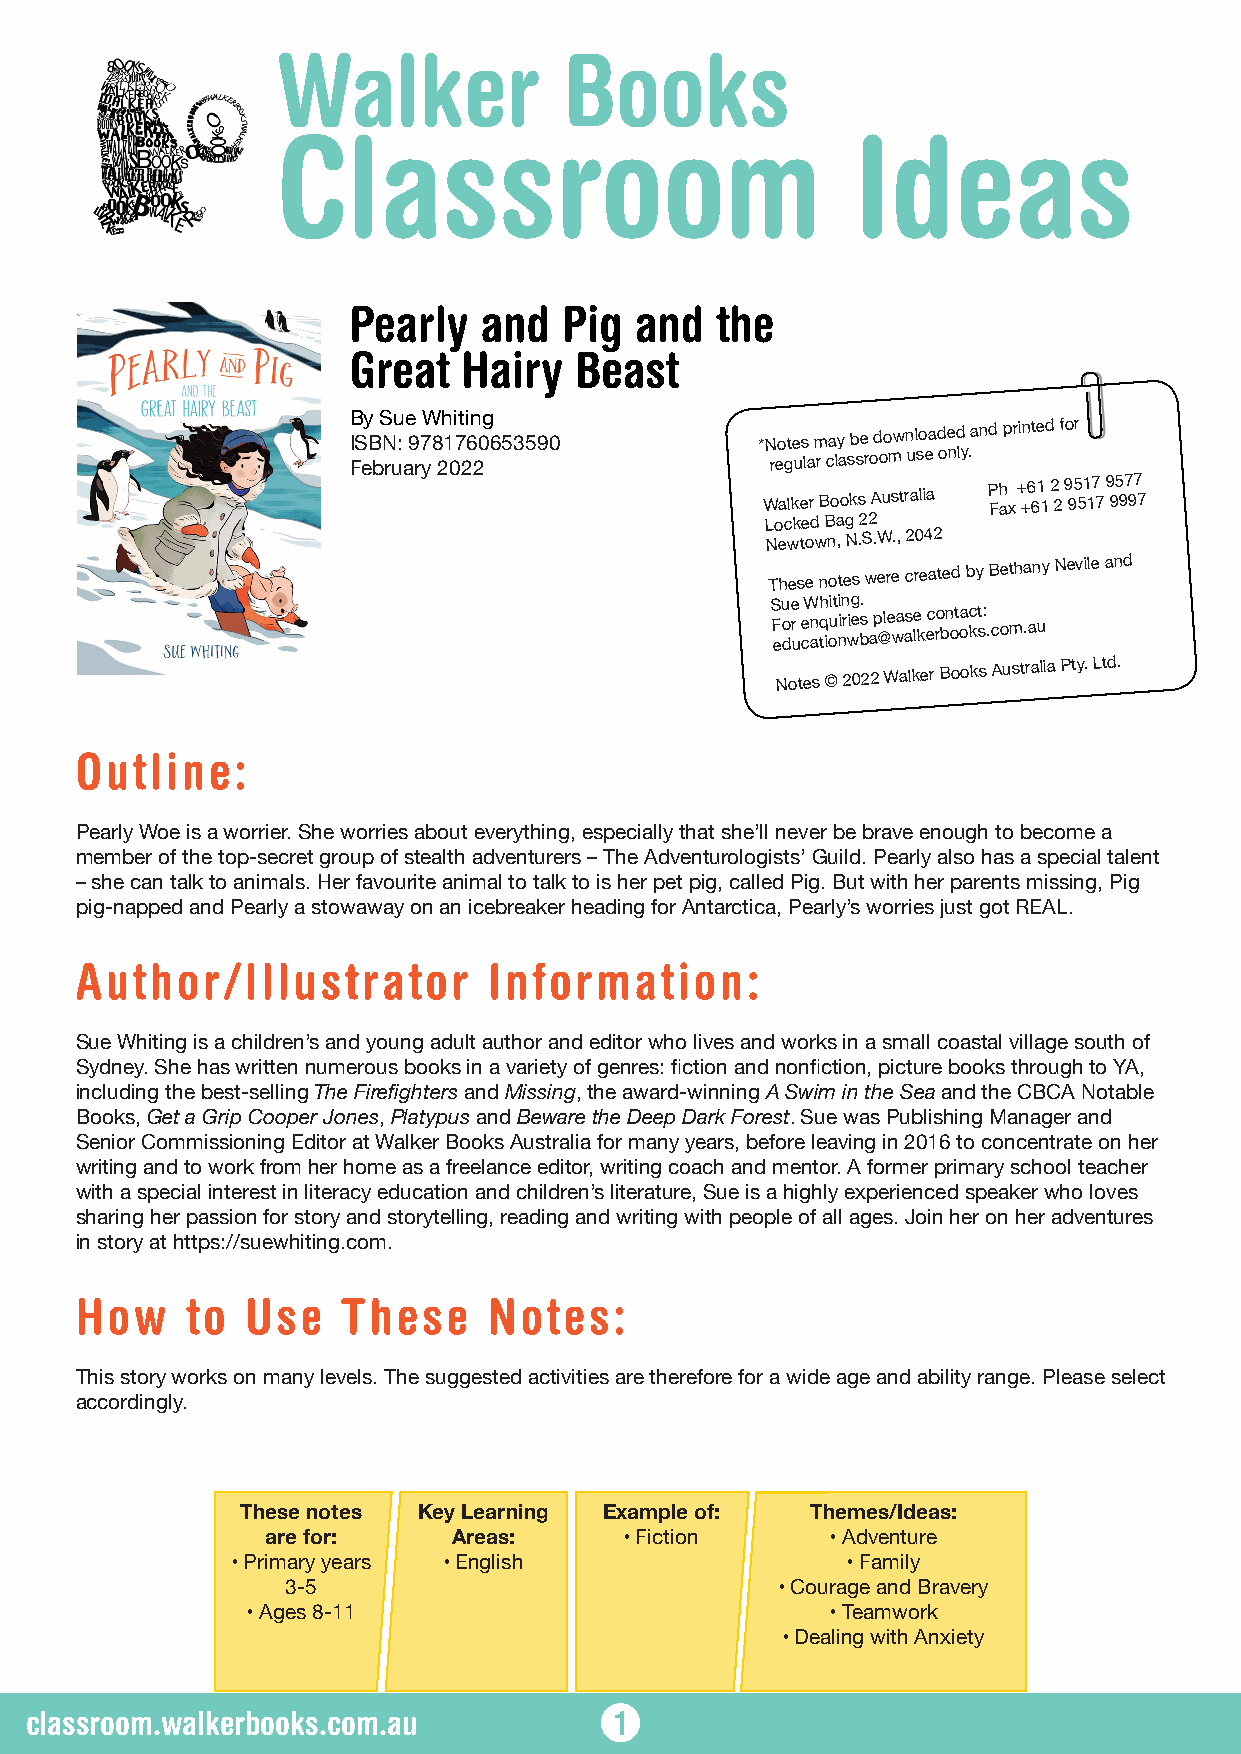
Walker             Books
 Classroom                              Ideas
 Pearly   and  Pig  and  the
 Great   Hairy  Beast
 B I FS ey B
 b
 S N ruu : ae 9
 r
 7 yW 8 2h 1 0i 7t 2i 6n 20g 653590 * N reo gte us
 la
 m
 r
 ca ly
 a
 sb se
 r
 od oo mw n ul so ea d oe nd ly .and printed for
 W Loa clk ke er
 d
 B Bo ao gk s
 2
 2A ustra lia P Fh ax + +6 61 1 2 2 9 95 51 17 7 9 95 97 97 7
 Newtown, N.S.W., 2042
 These notes were created by Bethany Nevile and
 S F eu o de r
 u
 e cW n atqh ioi uti nin r wig e b. s ap @le wa ase lk ec ro bn ot oac kt s: . com.au
 Notes © 2022 Walker Books Australia Pty. Ltd.
 Outline:
 Pearly Woe is a worrier. She worries about everything, especially that she’ll never be brave enough to become a
 member of the top-secret group of stealth adventurers – The Adventurologists’ Guild. Pearly also has a special talent
 – she can talk to animals. Her favourite animal to talk to is her pet pig, called Pig. But with her parents missing, Pig
 pig-napped and Pearly a stowaway on an icebreaker heading for Antarctica, Pearly’s worries just got REAL.
 Author/Illustrator         Information:
 Sue Whiting is a children’s and young adult author and editor who lives and works in a small coastal village south of
 Sydney. She has written numerous books in a variety of genres: fiction and nonfiction, picture books through to YA,
 including the best-selling The Firefighters and Missing, the award-winning A Swim in the Sea and the CBCA Notable
 Books, Get a Grip Cooper Jones, Platypus and Beware the Deep Dark Forest. Sue was Publishing Manager and
 Senior Commissioning Editor at Walker Books Australia for many years, before leaving in 2016 to concentrate on her
 writing and to work from her home as a freelance editor, writing coach and mentor. A former primary school teacher
 with a special interest in literacy education and children’s literature, Sue is a highly experienced speaker who loves
 sharing her passion for story and storytelling, reading and writing with people of all ages. Join her on her adventures
 in story at https://suewhiting.com.
 How    to  Use    These    Notes:
 This story works on many levels. The suggested activities are therefore for a wide age and ability range. Please select
 accordingly.
 These notes Key Learning Example of:  Themes/Ideas:
 are for:    Areas:     • Fiction     • Adventure
 • Primary years • English                • Family
 3-5                             • Courage and Bravery
 • Ages 8-11                            • Teamwork
 • Dealing with Anxiety
 classroom.walkerbooks.com.au           1